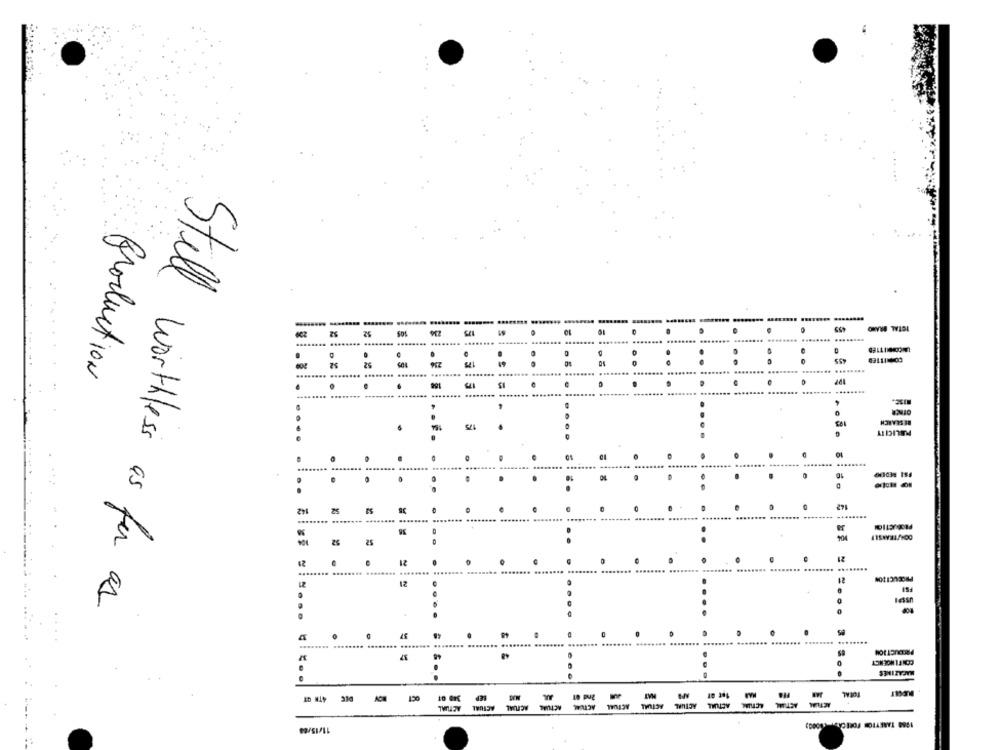
CHYW WIDL
........
....
........
Production
IPP
.. ........
RESEARCH
142
21
.......
...
........ .....
er
52
25
21
.
12
... ........ ..
.. ......
21
..
12
12
Stell worthless as far as
..
-
0
15
.....
... .......
PRODUCTION
10 Gr
ACTUAL
ACTUAL
ACHIAL